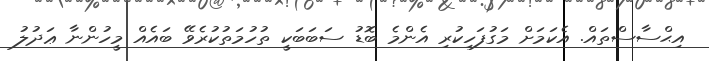
އިޙްސާސްތައް. އެކަމަށް މަގުފަހިކުރި އެންމެ ބޮޑު ސަބަބަކީ ތުހުމަތުކުރެވޭ ބައެއް މީހުންނާ ޢަދުލު